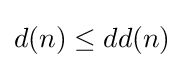
d(n)\leq dd(n)